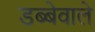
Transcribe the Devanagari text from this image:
डब्बेवाले